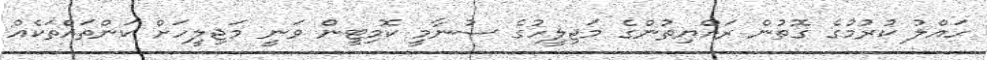
ހައްލު ކުރުމުގެ ގޮތުން ރައްޔިތުންގެ މަޖިލީހުގެ ސުނާމީ ކޮމިޓީން ވަނީ މަޖިލީހަށް ކަންތައްތަކެއް